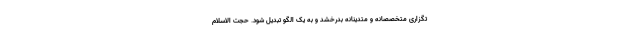
تگزاری متخصصانه و متدینانه بدرخشد و به یک الگو تبدیل شود. حجت الاسلام